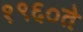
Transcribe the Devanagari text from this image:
१९६०ते